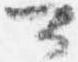
可